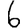
Digit: 6